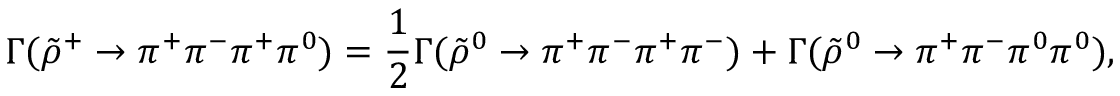
\Gamma ( \tilde { \rho } ^ { + } \rightarrow \pi ^ { + } \pi ^ { - } \pi ^ { + } \pi ^ { 0 } ) = \frac { 1 } { 2 } \Gamma ( \tilde { \rho } ^ { 0 } \rightarrow \pi ^ { + } \pi ^ { - } \pi ^ { + } \pi ^ { - } ) + \Gamma ( \tilde { \rho } ^ { 0 } \rightarrow \pi ^ { + } \pi ^ { - } \pi ^ { 0 } \pi ^ { 0 } ) ,